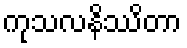
ကုသလနိဿိတာ